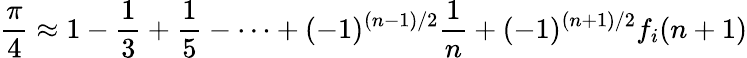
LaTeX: {\frac{\pi}{4}}\approx 1-{\frac{1}{3}}+{\frac{1}{5}}-\cdots+(-1)^{(n-1)/2}{\frac{1}{n}}+(-1)^{(n+1)/2}f_{i}(n+1)